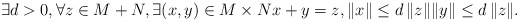
\begin{align*}\exists d >0, \forall z \in M+N, \exists (x,y) \in M \times N x+y = z , \Vert x \Vert \leq d \, \Vert z \Vert \Vert y \Vert \leq d \, \Vert z \Vert.\end{align*}